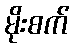
မိုးစက်